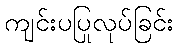
ကျင်းပပြုလုပ်ခြင်း